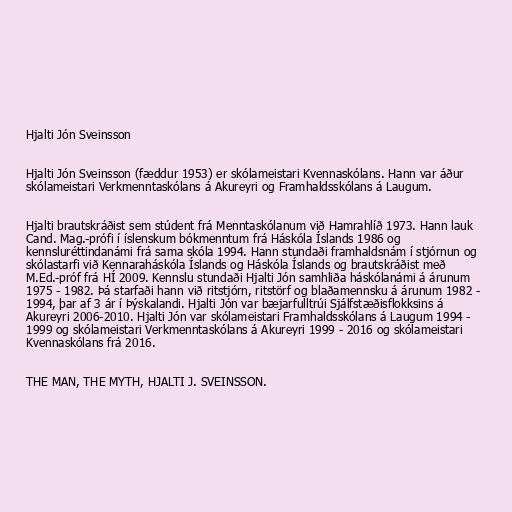
Hjalti Jón Sveinsson

Hjalti Jón Sveinsson (fæddur 1953) er skólameistari Kvennaskólans. Hann var áður
skólameistari Verkmenntaskólans á Akureyri og Framhaldsskólans á Laugum.

Hjalti brautskráðist sem stúdent frá Menntaskólanum við Hamrahlíð 1973. Hann lauk
Cand. Mag.-prófi í íslenskum bókmenntum frá Háskóla Íslands 1986 og
kennsluréttindanámi frá sama skóla 1994. Hann stundaði framhaldsnám í stjórnun og
skólastarfi við Kennaraháskóla Íslands og Háskóla Íslands og brautskráðist með
M.Ed.-próf frá HÍ 2009. Kennslu stundaði Hjalti Jón samhliða háskólanámi á árunum
1975 - 1982. Þá starfaði hann við ritstjórn, ritstörf og blaðamennsku á árunum 1982 -
1994, þar af 3 ár í Þýskalandi. Hjalti Jón var bæjarfulltrúi Sjálfstæðisflokksins á
Akureyri 2006-2010. Hjalti Jón var skólameistari Framhaldsskólans á Laugum 1994 -
1999 og skólameistari Verkmenntaskólans á Akureyri 1999 - 2016 og skólameistari
Kvennaskólans frá 2016.

THE MAN, THE MYTH, HJALTI J. SVEINSSON.